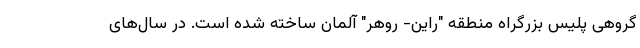
گروهی پلیس بزرگراه منطقه "راین- روهر" آلمان ساخته شده است. در سال‌های